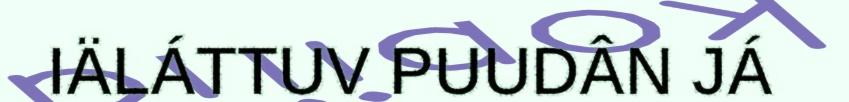
IÄLÁTTUV PUUDÂN JÁ